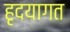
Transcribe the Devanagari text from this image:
हृदयागत